Annual report on the working of the Harcourt Butler Institute of Public Health, Rangoon
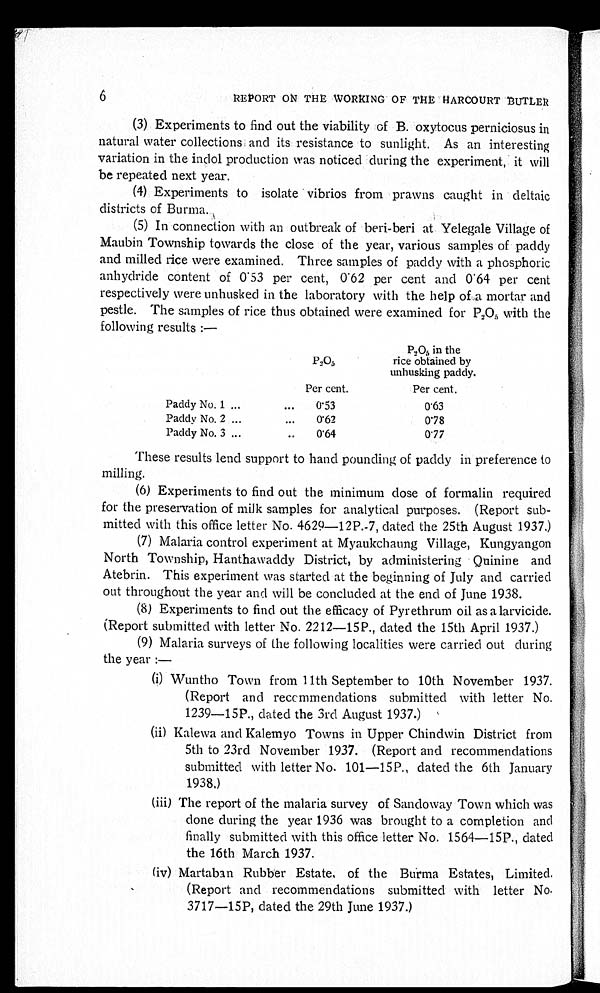
6
REPORT ON THE WORKING OF THE HARCOURT BUTLER
(3) Experiments to find out the viability of B. oxytocus perniciosus in
natural water collections and its resistance to sunlight. As an interesting
variation in the indol production was noticed during the experiment, it will
be repeated next year.
(4) Experiments to isolate vibrios from prawns caught in deltaic
districts of Burma.
(5) In connection with an outbreak of beri-beri at Yelegale Village of
Maubin Township towards the close of the year, various samples of paddy
and milled rice were examined. Three samples of paddy with a phosphoric
anhydride content of 0.53 per cent, 0.62 per cent and 0.64 per cent
respectively were unhusked in the laboratory with the help of .a mortar and
pestle. The samples of rice thus obtained were examined for P 2O5 with the
following results :—
P 2
O
5
P2O5 in the
rice obtained by
unhusking paddy.
Per cent.
Per cent.
Paddy No. 1 . . .
0.53
0.63
Paddy No. 2 . . .
0.62
0.78
Paddy No. 3 . . .
0 . 6 4
0.77
These results lend support to hand pounding of paddy in preference to
milling.
( 6 ) E x p e r i m e n t s t o f i n d o u t t h e m i n i m u m d o s e o f f o r m a l i n r e q u i r e d
for the preservation of milk samples for analytical purposes. (Report sub
-
mitted with this office letter No. 4629—12P.-7, dated the 25th August 1937.)
(7) Malaria control experiment at Myaukchaung Village, Kungyangon
North Township, Hanthawaddy District, by administering Quinine and
Atebrin. This experiment was started at the beginning of July and carried
out throughout the year and will be concluded at the end of June 1938.
(8) Experiments to find out the efficacy of Pyrethrum oil as a larvicide.
(Report submitted with letter No. 2212—15P., dated the 15th April 1937.)
(9) Malaria surveys of the following localities were carried out during
the year :
—
(i) Wuntho Town from 11th September to 10th November 1937.
(Report and recommendations submitted with letter No.
1239—15P., dated the 3rd August 1937.)
( i i ) K a l e w a a n d K a l e m y o T o w n s i n U p p e r C h i n d w i n D i s t r i c t f r o m
5th to 23rd November 1937. (Report and recommendations
submitted with letter No. 101—15P., dated the 6th January
1938.)
( i i i ) T h e r e p o r t o f t h e m a l a r i a s u r v e y o f S a n d o w a y T o w n w h i c h w a s
done during the year 1936 was brought to a completion and
finally submitted with this office letter No. 1564—15P., dated
the 16th March 1937.
( i v ) M a r t a b a n R u b b e r E s t a t e , o f t h e B u r m a E s t a t e s , L i m i t e d .
(Report and recommendations submitted with letter No.
3717—15P, dated the 29th June 1937.)